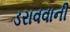
ડરાવવાની